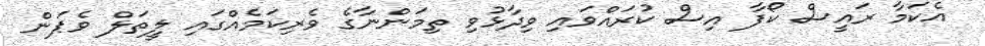
އެކަމާ ރައީސް ކޯފާ އިސް ކުރައްވައި ވިދާޅުވި ތިމަންނާގެ ވެރިކަމެއްގައި ލީތަލް ވެޕަން